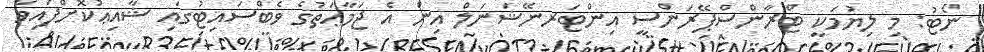
ނޯޓު: މި ލިޔުމަކީ ޓްރާންސްޕޭރަންސީ އިންޓަރނޭޝަނަލް އިން އެ ޖަމާޢަތުގެ ވެބްސައިޓުގައި ޝާއިޢުކޮށްފައިވާ